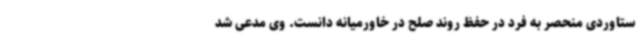
ستاوردی منحصر به فرد در حفظ روند صلح در خاورمیانه دانست. وی مدعی شد